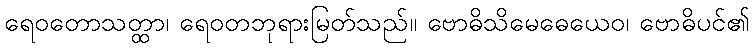
ရေဝတောသတ္ထာ၊ ရေဝတဘုရားမြတ်သည်။ ဗောဓိသိမေဓေယေဝ၊ ဗောဓိပင်၏